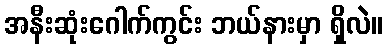
အနီးဆုံးဂေါက်ကွင်း ဘယ်နားမှာ ရှိလဲ။